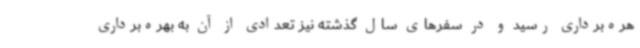
هره‌برداری رسید و در سفرهای سال گذشته نیز تعدادی از آن به بهره‌برداری